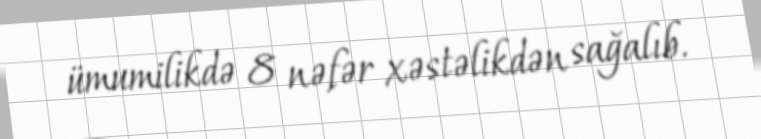
ümumilikdə 8 nəfər xəstəlikdən sağalıb.